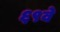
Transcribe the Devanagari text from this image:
६९वे